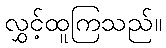
လွှင့်ထူကြသည်။